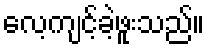
လေ့ကျင့်ခဲ့ဖူးသည်။